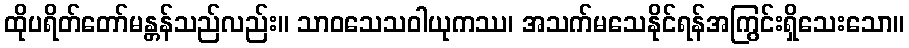
ထိုပရိတ်တော်မန္တန်သည်လည်း။ သာဝသေသဝါယုကဿ၊ အသက်မသေနိုင်ရန်အကြွင်းရှိသေးသော။